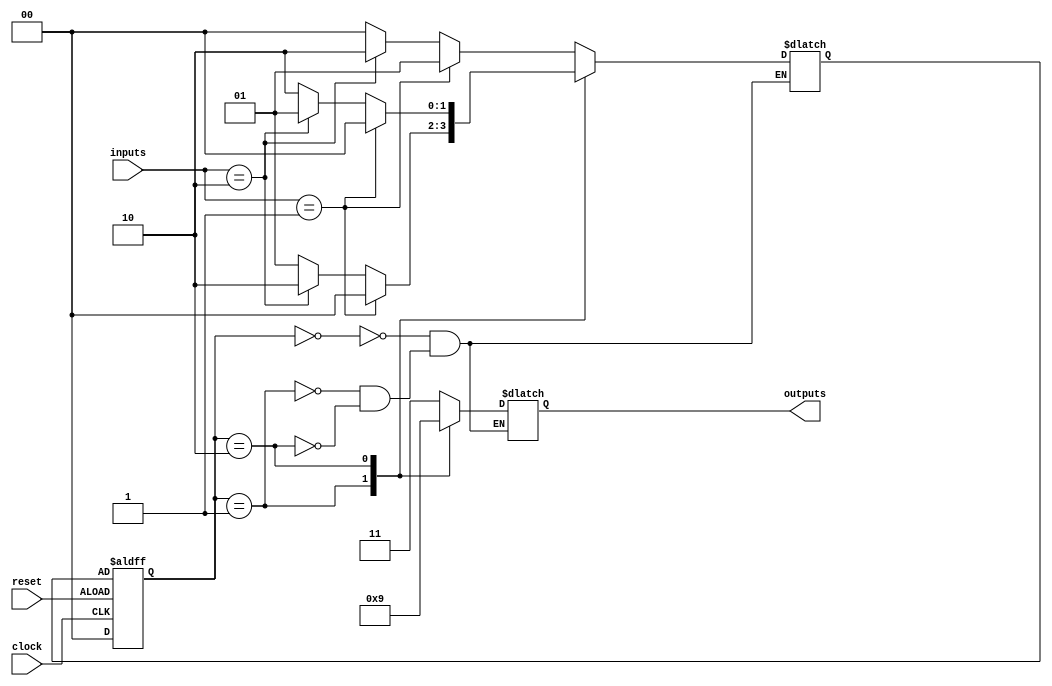
module state_machine_priority_encoding (
  input wire clock,
  input wire reset,
  input wire [1:0] inputs,
  output wire [1:0] outputs
);

// State encoding
parameter STATE_A = 2'b00;
parameter STATE_B = 2'b01;
parameter STATE_C = 2'b10;

// State registers
reg [1:0] current_state;
reg [1:0] next_state;

// State transition logic
always @ (posedge clock or negedge reset) begin
  if (reset) begin
    current_state <= STATE_A;
  end else begin
    current_state <= next_state;
  end
end

// Next state logic
always @ (*) begin
  case (current_state)
    STATE_A: begin
      if (inputs == 2'b01) begin
        next_state = STATE_B;
      end else if (inputs == 2'b10) begin
        next_state = STATE_C;
      end else begin
        next_state = STATE_A;
      end
    end

    STATE_B: begin
      if (inputs == 2'b01) begin
        next_state = STATE_A;
      end else if (inputs == 2'b10) begin
        next_state = STATE_C;
      end else begin
        next_state = STATE_B;
      end
    end

    STATE_C: begin
      if (inputs == 2'b01) begin
        next_state = STATE_A;
      end else if (inputs == 2'b10) begin
        next_state = STATE_B;
      end else begin
        next_state = STATE_C;
      end
    end
  endcase
end

// Output logic
always @ (*) begin
  case (current_state)
    STATE_A: begin
      outputs = 2'b11;
    end
    STATE_B: begin
      outputs = 2'b10;
    end
    STATE_C: begin
      outputs = 2'b01;
    end
  endcase
end

endmodule